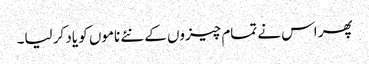
پھر اس نے تمام چیزوں کے نئے ناموں کو یاد کر لیا۔